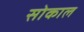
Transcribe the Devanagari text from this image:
सोकाल